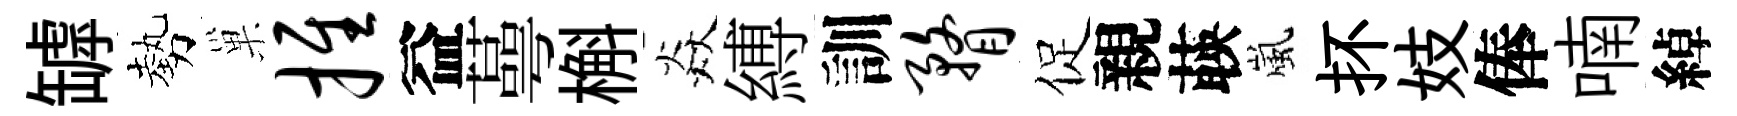
罅勢巢推益蕚槲焱縛訓瞀促親𦴤嵐抔妓俸喃綽